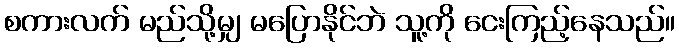
စကားလက် မည်သို့မျှ မပြောနိုင်ဘဲ သူ့ကို ငေးကြည့်နေသည်။